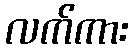
လက်ကား